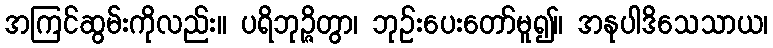
အကြင်ဆွမ်းကိုလည်း။ ပရိဘုဉ္ဇိတွာ၊ ဘုဉ်းပေးတော်မူ၍။ အနုပါဒိသေသာယ၊